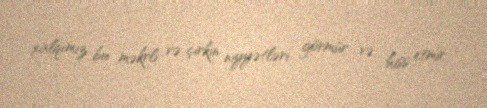
xalqımız bu məkrli və çirkin niyyətləri görmür və hiss etmir.